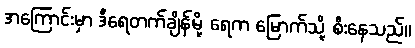
အကြောင်းမှာ ဒီရေတက်ချိန်မို့ ရေက မြောက်သို့ စီးနေသည်။